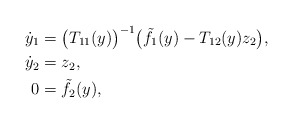
\begin{align*}\dot y_1 &= \big(T_{11}(y)\big)^{-1} \big( \tilde f_1(y) - T_{12}(y) z_2\big), \\\dot y_2 &= z_2, \\0 &= \tilde f_2(y),\end{align*}